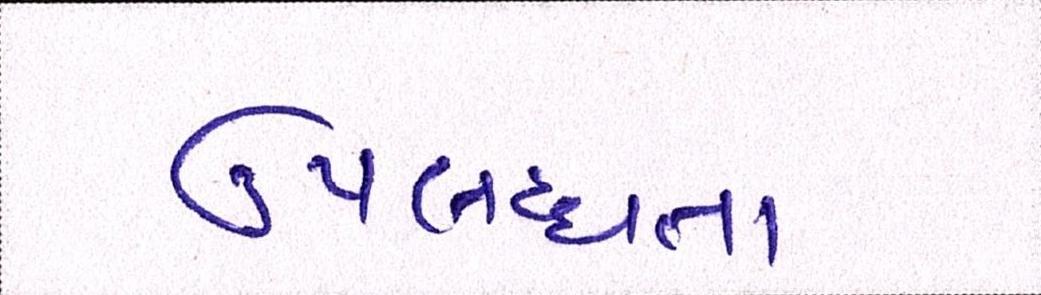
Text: ઉપલબ્ધતા